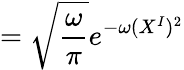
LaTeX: =\sqrt{\frac{\omega}{\pi}}e^{-\omega(X^{I})^{2}}